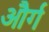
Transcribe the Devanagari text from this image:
और्ग